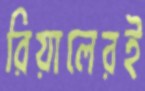
রিয়ালেরই